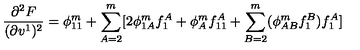
\frac { \partial ^ { 2 } F } { ( \partial v ^ { 1 } ) ^ { 2 } } = \phi _ { 1 1 } ^ { m } + \sum _ { A = 2 } ^ { m } [ 2 \phi _ { 1 A } ^ { m } f _ { 1 } ^ { A } + \phi _ { A } ^ { m } f _ { 1 1 } ^ { A } + \sum _ { B = 2 } ^ { m } ( \phi _ { A B } ^ { m } f _ { 1 } ^ { B } ) f _ { 1 } ^ { A } ]